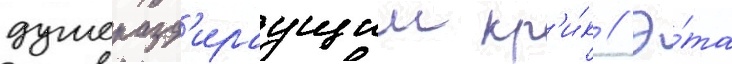
душеразд'ираущии кр'и́к // Э́та